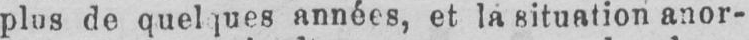
plus de quelques années, et la situation anor-